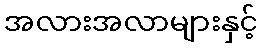
အလားအလာများနှင့်